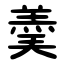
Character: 羮